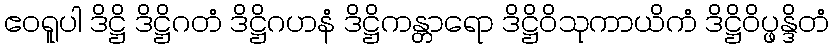
ဧဝရူပါ ဒိဋ္ဌိ ဒိဋ္ဌိဂတံ ဒိဋ္ဌိဂဟနံ ဒိဋ္ဌိကန္တာရော ဒိဋ္ဌိဝိသုကာယိကံ ဒိဋ္ဌိဝိပ္ဖန္ဒိတံ